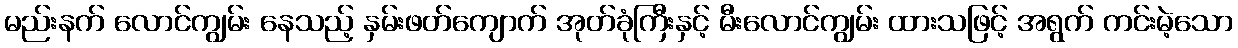
မည်းနက် လောင်ကျွမ်း နေသည့် နှမ်းဖတ်ကျောက် အုတ်ခုံကြီးနှင့် မီးလောင်ကျွမ်း ထားသဖြင့် အရွက် ကင်းမဲ့သော